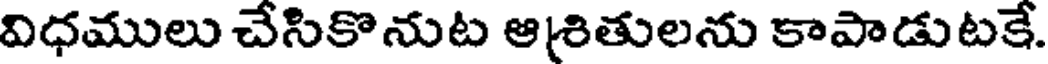
విధములు చేసికొనుట ఆశితులను కాపాడుటకే.